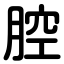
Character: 腔